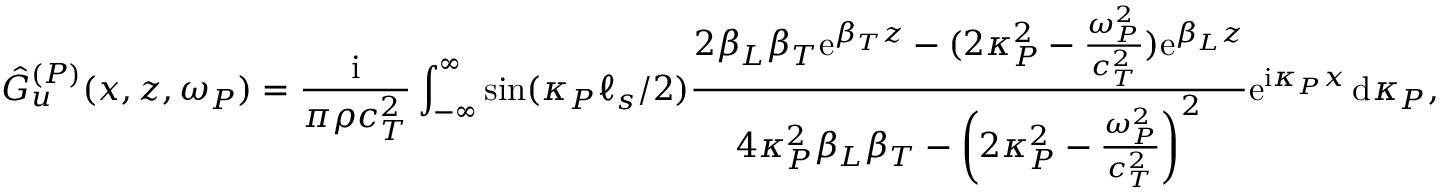
\hat { G } _ { u } ^ { ( P ) } ( x , z , \omega _ { P } ) = \frac { \mathrm { i } } { \pi \rho c _ { T } ^ { 2 } } \int _ { - \infty } ^ { \infty } \sin ( \kappa _ { P } \ell _ { s } / 2 ) \frac { 2 \beta _ { L } \beta _ { T } \mathrm { e } ^ { \beta _ { T } z } - ( 2 \kappa _ { P } ^ { 2 } - \frac { \omega _ { P } ^ { 2 } } { c _ { T } ^ { 2 } } ) \mathrm { e } ^ { \beta _ { L } z } } { 4 \kappa _ { P } ^ { 2 } \beta _ { L } \beta _ { T } - \left( 2 \kappa _ { P } ^ { 2 } - \frac { \omega _ { P } ^ { 2 } } { c _ { T } ^ { 2 } } \right) ^ { 2 } } \mathrm { e } ^ { \mathrm { i } \kappa _ { P } x } \, \mathrm { d } \kappa _ { P } ,